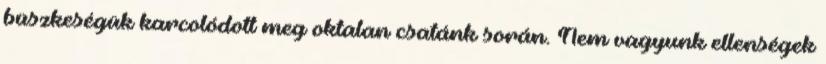
büszkeségük karcolódott meg oktalan csatánk során. Nem vagyunk ellenségek